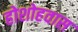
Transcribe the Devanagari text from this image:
होशोहवास